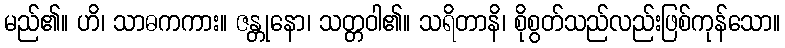
မည်၏။ ဟိ၊ သာဓကကား။ ဇန္တုနော၊ သတ္တဝါ၏။ သရိတာနိ၊ စိုစွတ်သည်လည်းဖြစ်ကုန်သော။